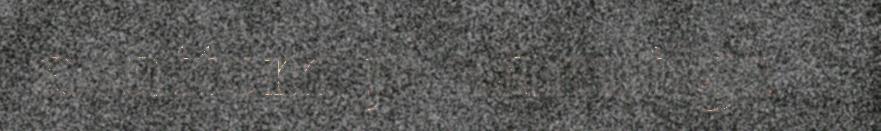
asâttem já sämitige